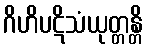
ဂိဟိပဋိသံယုတ္တန္တိ